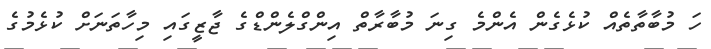
ހަ މުބާތާތެއް ކުޅެގެން އެންމެ ގިނަ މުބާރާތް އިންގްލެންޑްގެ ޖާޒީގައި މިހާތަނަށް ކުޅެމުގެ